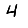
Digit: 4